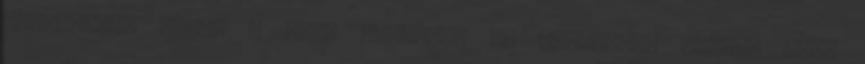
rászedték, kilép a Skót Rendből, és visszatér magyar népi